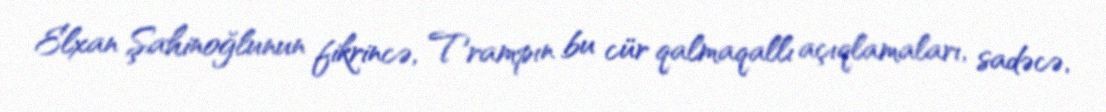
Elxan Şahinoğlunun fikrincə, Trampın bu cür qalmaqallı açıqlamaları, sadəcə,